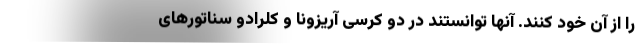
را از آن خود کنند. آنها توانستند در دو کرسی آریزونا و کلرادو سناتورهای